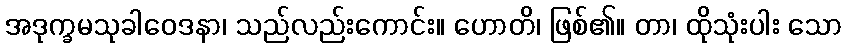
အဒုက္ခမသုခါဝေဒနာ၊ သည်လည်းကောင်း။ ဟောတိ၊ ဖြစ်၏။ တာ၊ ထိုသုံးပါး သော